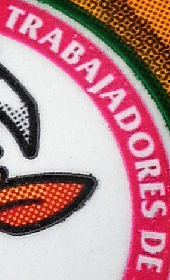
TRABAJADORES DE